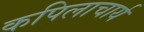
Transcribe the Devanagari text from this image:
कपिलाचार्य